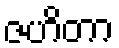
ဇဟိတာ